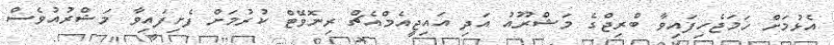
އެޅުމަށް ހަމަޖެހިފައިވާ ބްރިޖްގެ މަޝްރޫއު އަދި އައިޖީއެމްއެޗް ރިނޮވޭޓް ކުރުމަށް ފެށިފައިވާ މަޝްރުއުވެސް